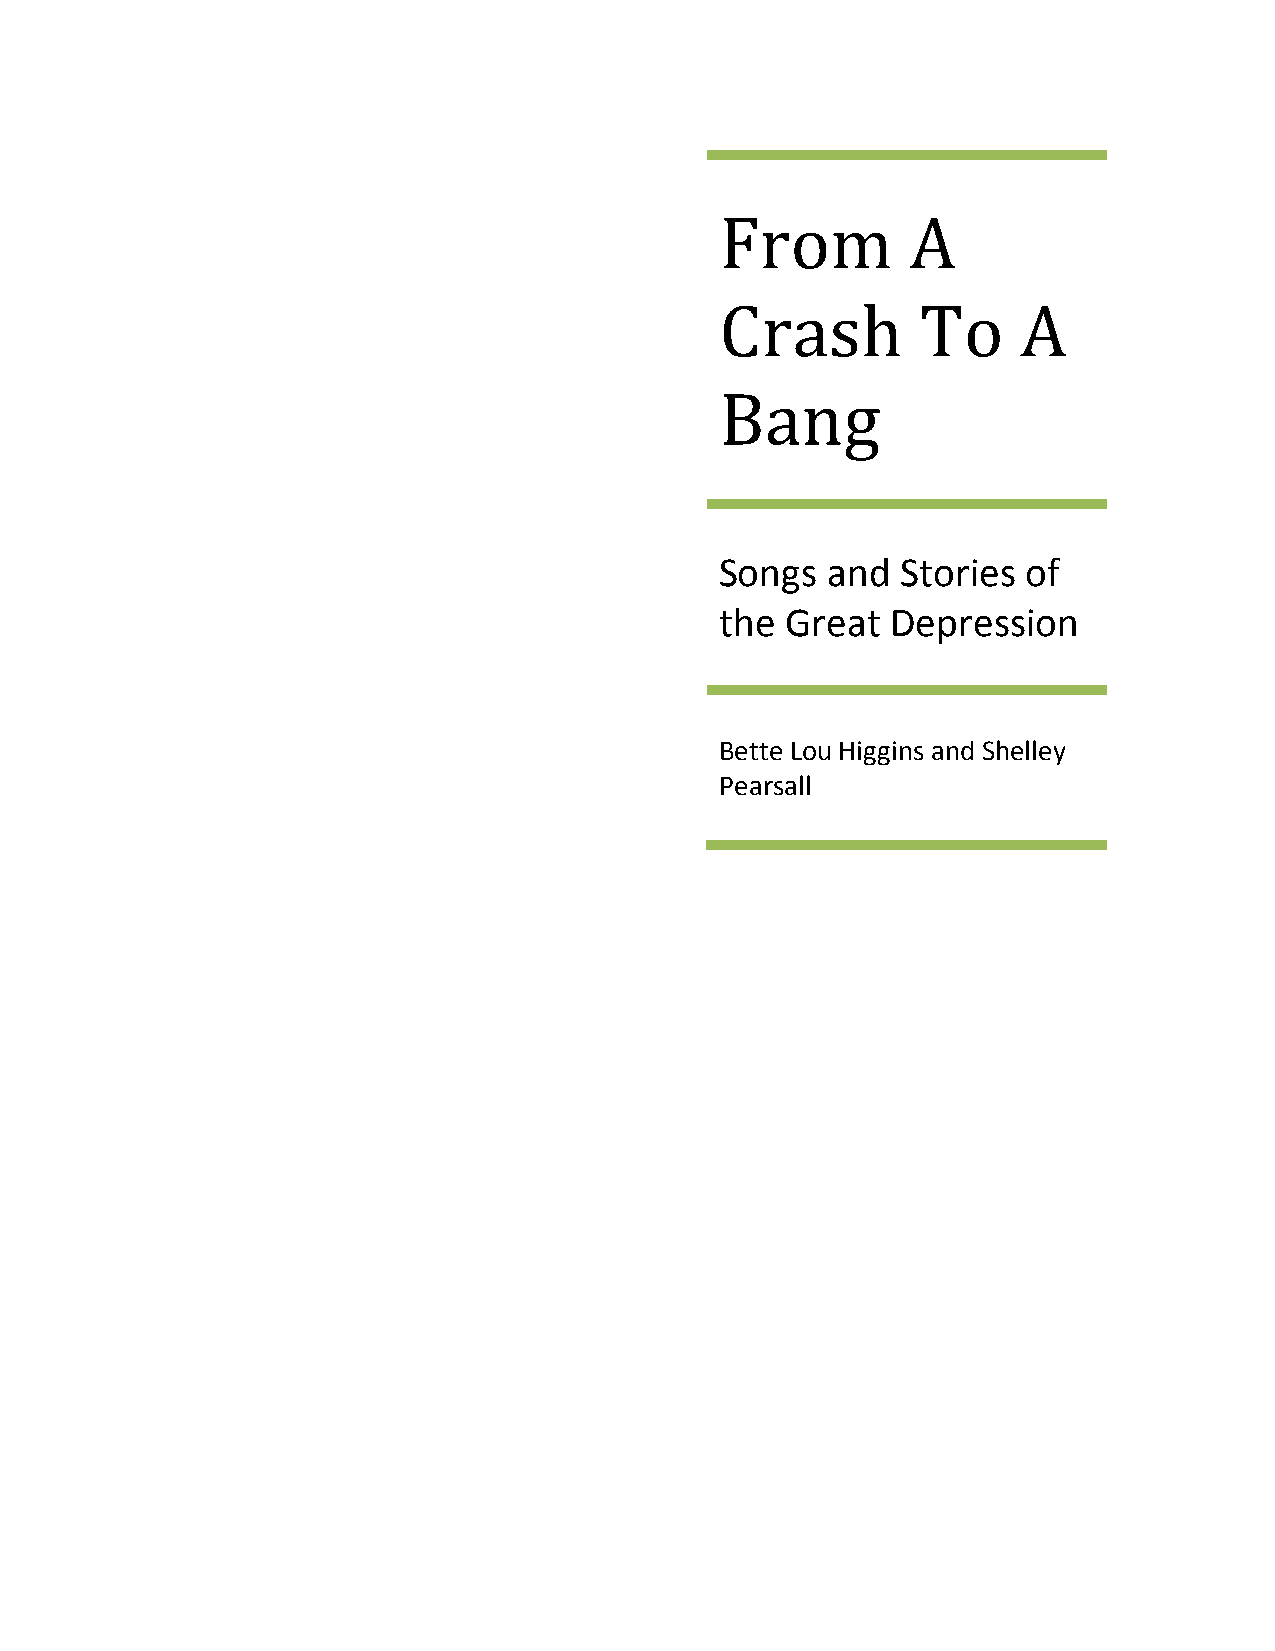
From        A
 Crash        To     A
 Bang
 Songs  and  Stories of
 the Great  Depression
 Bette Lou Higgins and Shelley
 Pearsall